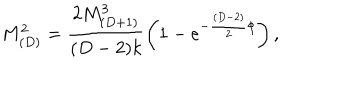
LaTeX: M _ { ( D ) } ^ { 2 } = \frac { 2 M _ { ( D + 1 ) } ^ { 3 } } { ( D - 2 ) k } \left( 1 - e ^ { - \frac { ( D - 2 ) } { 2 } \phi } \right) ,